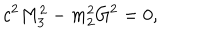
c ^ { 2 } M _ { 3 } ^ { 2 } - m _ { 2 } ^ { 2 } G ^ { 2 } = 0 ,